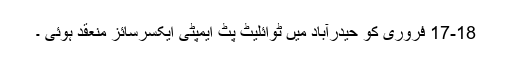
17-18 فروری کو حیدرآباد میں ٹوائلیٹ پِٹ ایمپٹی ایکسرسائز منعقد ہوئی ۔